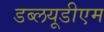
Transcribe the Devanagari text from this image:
डब्लयूडीएम